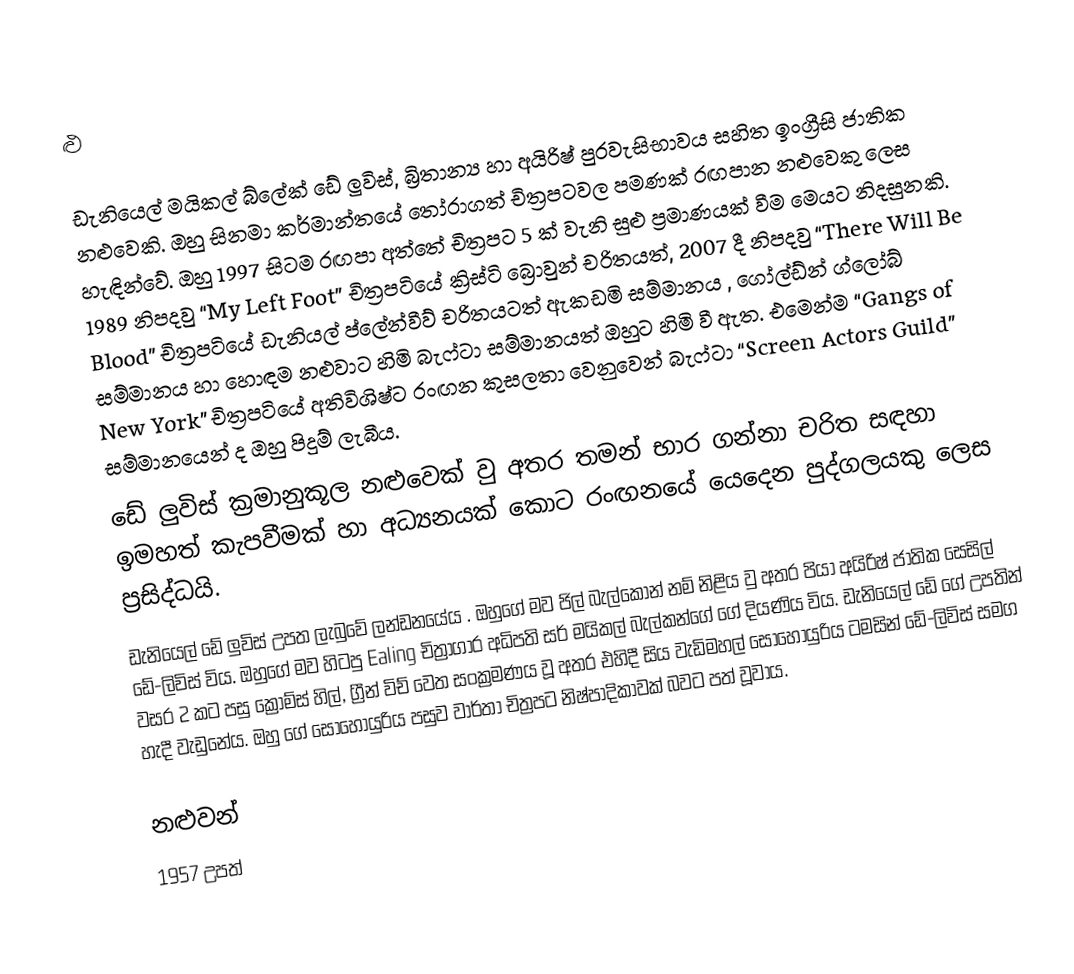
ළු

ඩැනියෙල් මයිකල් බ්ලේක් ඩේ ලුවිස්,  බ්‍රිතාන්‍ය හා අයිරිෂ් පුරවැසිභාවය සහිත ඉංග්‍රීසි ජාතික නළුවෙකි. ඔහු සිනමා කර්මාන්තයේ තෝරාගත් චිත්‍රපටවල පමණක් රඟපාන නළුවෙකු ලෙස හැඳින්වේ. ඔහු 1997 සිටම රඟපා අත්තේ චිත්‍රපට 5 ක් වැනි සුළු ප්‍රමාණයක් වීම මෙයට නිදසුනකි. 1989 නිපදවු “My Left Foot” චිත්‍රපටියේ ක්‍රිස්ටි බ්‍රොවුන් චරිතයත්, 2007 දී නිපදවු “There Will Be Blood” චිත්‍රපටියේ ඩැනියල් ප්ලේන්වීව් චරිතයටත් ඇකඩමි සම්මානය , ගෝල්ඩ්න් ග්ලෝබ් සම්මානය හා හොඳම නළුවාට හිමි බැෆ්ටා සම්මානයත් ඔහුට හිමි වී ඇත.  එමෙන්ම “Gangs of New York” චිත්‍රපටියේ අතිවිශිෂ්ට රංඟන කුසලතා වෙනුවෙන් බැෆ්ටා  “Screen Actors Guild” සම්මානයෙන් ද ඔහු පිදුම් ලැබීය.
ඩේ ලුවිස් ක්‍රමානුකූල නළුවෙක් වු අතර තමන් භාර ගන්නා චරිත සඳහා ඉමහත් කැපවීමක් හා අධ්‍යනයක් කොට රංඟනයේ යෙදෙන පුද්ගලයකු ලෙස ප්‍රසිද්ධයි.
ඩැනියෙල් ඩේ ලුවිස් උපත ලැබුවේ ලන්ඩනයේය . ඔහුගේ මව ජිල් බැල්කොන් නම් නිළිය වු අතර පියා අයිරිෂ් ජාතික සෙසිල් ඩේ-ලිවිස් විය. ඔහුගේ මව හිටපු Ealing චිත්‍රාගාර අධිපති සර් මයිකල් බැල්කන්ගේ ගේ දියණිය විය. ඩැනියෙල් ඩේ ගේ උපතින් වසර 2 කට පසු ක්‍රෝම්ස් හිල්, ග්‍රීන් විච් වෙත සංක්‍රමණය වූ අතර එහිදී සිය වැඩිමහල් සොහොයුරිය ටමසින් ඩේ-ලිවිස් සමග හැදී වැඩුනේය. ඔහු ගේ සොහොයුරිය පසුව වාර්තා චිත්‍රපට නිෂ්පාදිකාවක් බවට පත් වූවාය.

නළුවන්
1957 උපත්